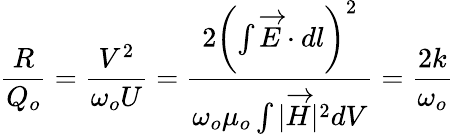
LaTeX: {\frac{R}{Q_{o}}}={\frac{V^{2}}{\omega_{o}U}}={\frac{2\left(\int{{\overrightarrow{E}}\cdot dl}\right)^{2}}{\omega_{o}\mu_{o}\int{|{\overrightarrow{H}}|^{2}dV}}}={\frac{2k}{\omega_{o}}}